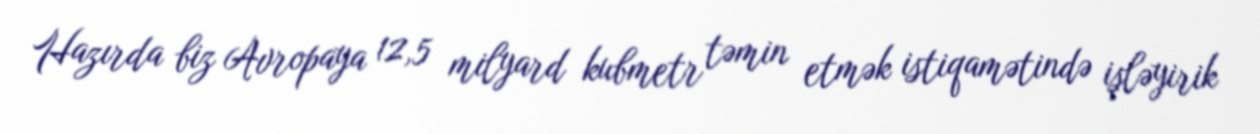
Hazırda biz Avropaya 12,5 milyard kubmetr təmin etmək istiqamətində işləyirik